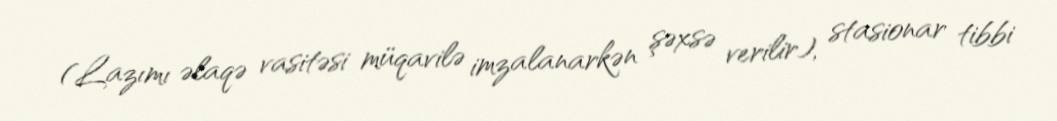
(Lazımı əlaqə vasitəsi müqavilə imzalanarkən şəxsə verilir), stasionar tibbi